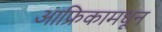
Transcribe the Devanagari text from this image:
आफ्रिकामधून